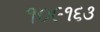
૧૦૯૧૬૩